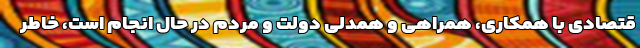
قتصادی با همکاری، همراهی و همدلی دولت و مردم در حال انجام است، خاطر